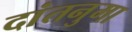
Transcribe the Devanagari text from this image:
दांतनुमा